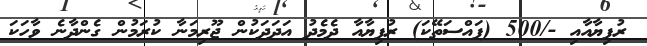
ރުފިޔާއާއި -/500 (ފައްސަތޭކަ) ރުފިޔާއާ ދެމެދު އަދަދަކުން ޖޫރިމަނާ ކުރަމުން ގެންދާނެ ވާހަކަ